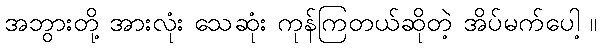
အဘွားတို့ အားလုံး သေဆုံး ကုန်ကြတယ်ဆိုတဲ့ အိပ်မက်ပေါ့ ။